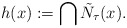
\begin{align*}h(x) := \bigcap\tilde{N}_{\tau}(x).\end{align*}